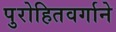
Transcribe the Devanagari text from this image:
पुरोहितवर्गाने